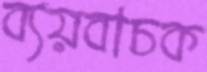
ব্যয়বাচক